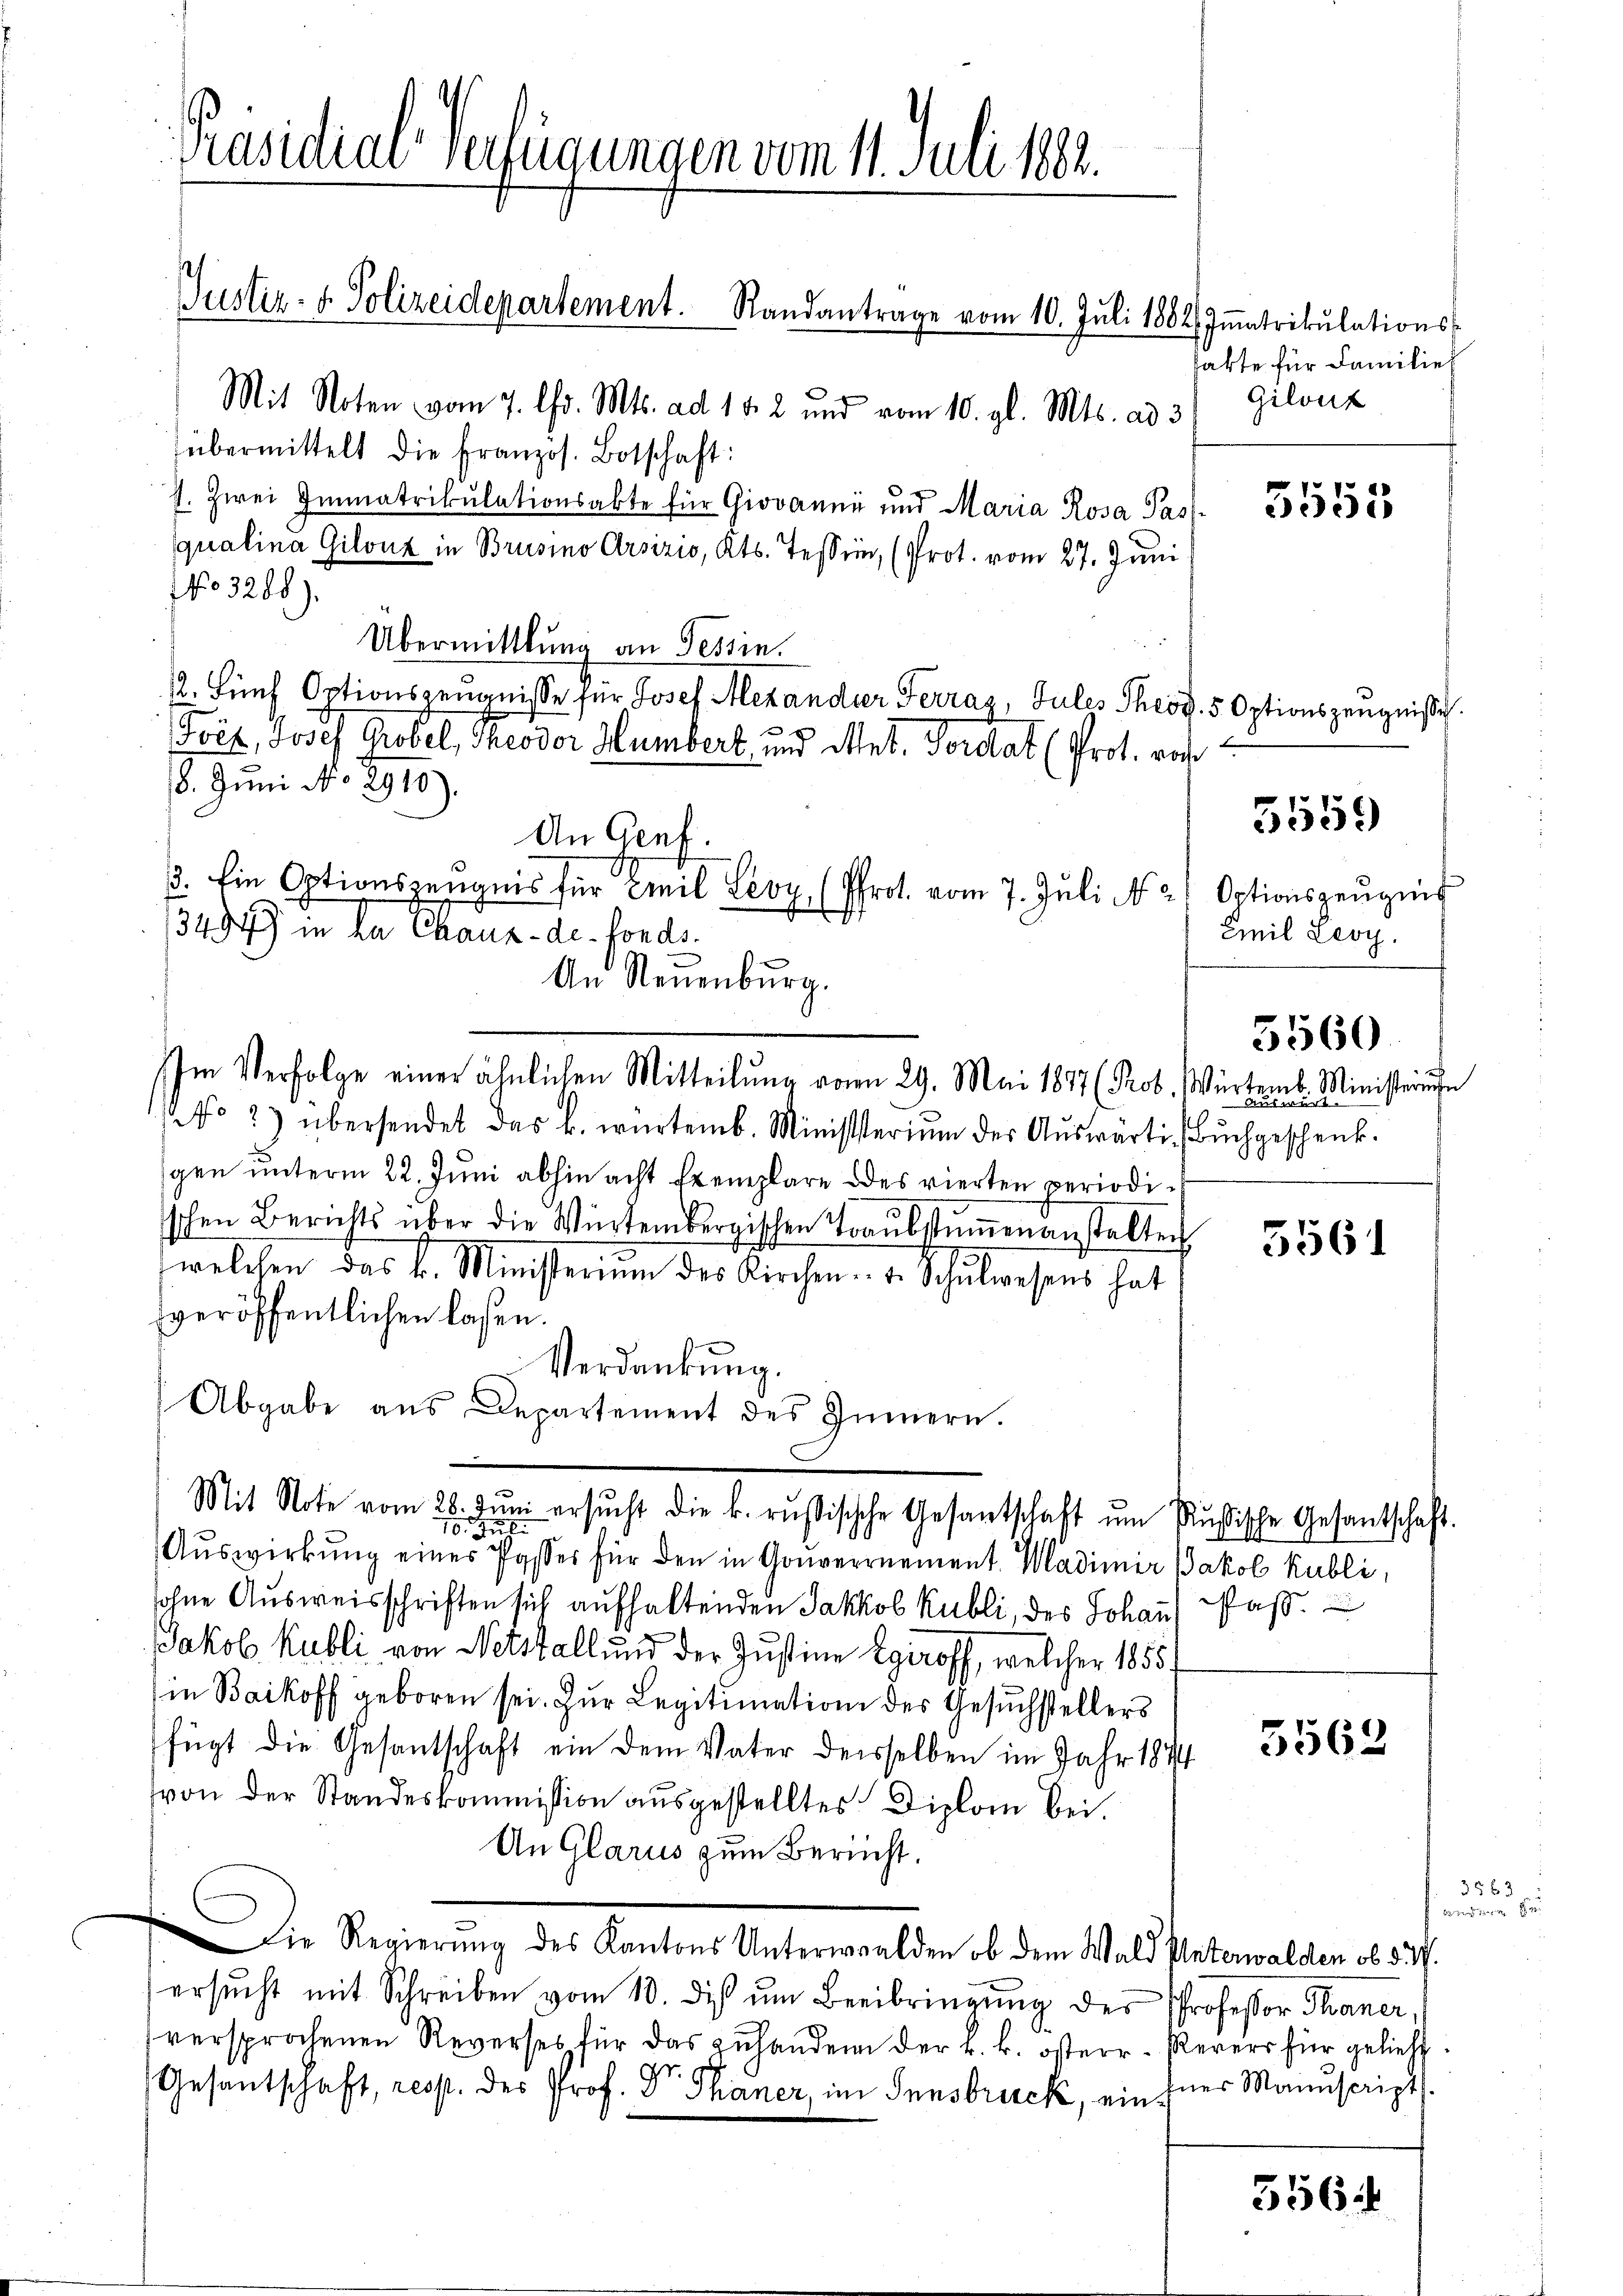
Mit Noten vom 7. Chr. Mts. ad 18. 2 und vom 10. gl. Mts. ad 3
übermittelt die Französ. Botschaft:
1. Zwei Immatrikulationsakte für Giovanni und Maria Rosa Pass-
qualina Gilouz in Brusino Arsizio, Kts. Tessin, (Prot. vom 27. Juni
No 3288)
Übermittlung an Tessin.
2. Fünf Optionszeugnisse für Josef Mezandier Ferraz, Jules Theol. 5 Optionszeugniße
Foit, Josef Grobel, Theodor Humbert, und Mut. Fordat (Prot. Doch
8. Juni No 2910).
3494 in ha Chaux-de-Fonds.
No. 2) übersendet das k. würtemb. Ministerium der Auswärti, Buchgeschenk.
gen unterm 22. Juni abhin acht Exemplare des vierten periodischen Berichts über die Würtembergischen Traŭbstŭṁenanstalten
welchen das k. Ministerium des Kirchen. v. Schulwesens hat
veröffentlichen laßen.
Verdankung.
Abgabe aus Departement des Innern.
Mit Note vom 28. Jŭni ersŭcht die k. russischche Gesantschaft ŭm Aŭsische Gesantschaft.
Auswirkung eines Passer für den in Gouvernement. Madimir Jakob Kubli,
ohne Ausweisschriften sich aufhaltenden Jakkob Kubli, des Johann, daß
Jakob Kubli von Notstall und der Justine Egeroff, welcher 1855.
in Baikoff geboren sei. Zur Legitimation des Gesuchstellers
fügt die Gesantschaft ein dem Vater desselben im Jahr 1844
von der Standeskommission ausgestelltes Diplom bei.
An Glarus zum Bericht.
Die Regierung des Kantons Unterwalden ob dem Wald Unterwalden ob 537
ersŭcht mit Schreiben vom 18. dis ŭm Beeibringung der Professor Traner,
versprochenen Reverses für das zuhandern der k. k. österr. Revers für gelieht.
Gesantschaft, resst. des Prof. Dr. Thaner, im Innsbruck, ein zuer Manuscript

Präsidial-Verfügungen vom 11. Juli 1889.

Justiz- & Polizeidepartement. Randantrage vom 10. Juli 1884) Immatrikulations-

An Genf.
. Ein Optionszeugnis für Emil Leop. (Pfrot. vom 7. Juli N. 2) Optionszeugnis
An Neuenburg.
Im Verfolge einer ähnlichen Mitteilŭng vom 29. Mai 1877 (Prob. Würtemb

hakte für Familier
Gilont

3555

Emil Leoy.

5559

Ministerun
auung

5560.

5561

5562

356

35 f 3
andere Be